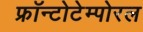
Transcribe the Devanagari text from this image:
फ्रॉन्टोटेम्पोरल